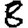
Digit: 8